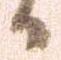
日